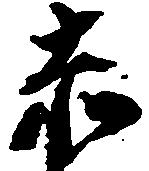
赤